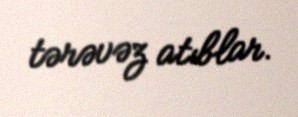
tərəvəz atıblar.